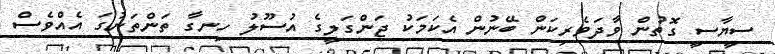
ސީޔާސީ ގޮތުން ވާދަވެރިކަން ބޭނުން އެކަމަކު ޖަންގަލީގެ އުސޫލު ހިނގާ ތަންތަނުގަ އެއްވެސް